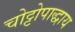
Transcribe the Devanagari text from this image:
चोट्टोपाद्धाय